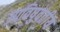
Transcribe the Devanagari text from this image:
उपविषुवतीय